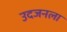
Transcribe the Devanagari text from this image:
उदजनला